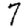
Digit: 7